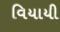
વિયાયી